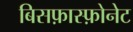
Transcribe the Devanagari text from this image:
बिसफ़ास्फ़ोनेट